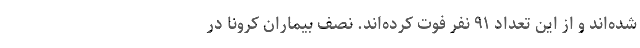
شده‌اند و از این تعداد ۹۱ نفر فوت کرده‌اند. نصف بیماران کرونا در